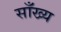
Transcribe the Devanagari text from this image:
साँख्य